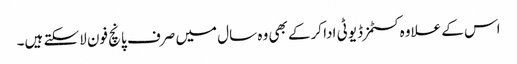
اس کے علاوہ کسٹمز ڈیوٹی ادا کرکے بھی وہ سال میں صرف پانچ فون لاسکتے ہیں۔